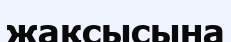
жақсысына